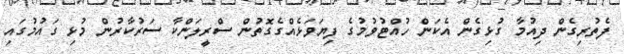
ފެތުރިގެން ދިއުމާ ގުޅިގެން އެކަން ހުއްޓުވުމުގެ ފިޔަވަޅެއްގެގޮތުން ސްރީލަންކާ ސަރުކާރުން މުޅި ގައުމުގައި